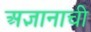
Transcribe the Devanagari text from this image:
अज्ञानाची